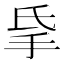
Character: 𰓅